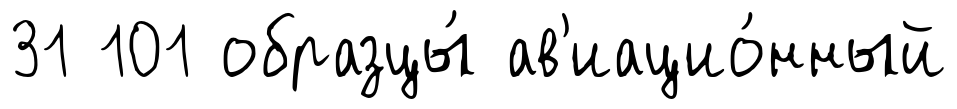
31 101 образцы́ ав'иацио́нный